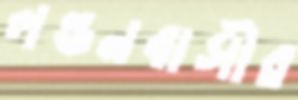
লন্ডনবাসীর